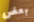
بعض